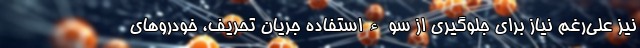
نیز علی‌رغم نیاز برای جلوگیری از سوءاستفاده جریان تحریف، خودروهای